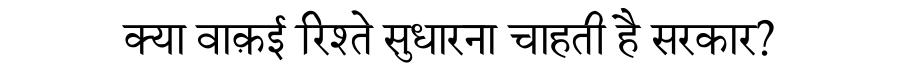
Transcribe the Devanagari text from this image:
क्या वाक़ई रिश्ते सुधारना चाहती है सरकार?